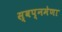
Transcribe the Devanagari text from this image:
स्वप्नमेणा